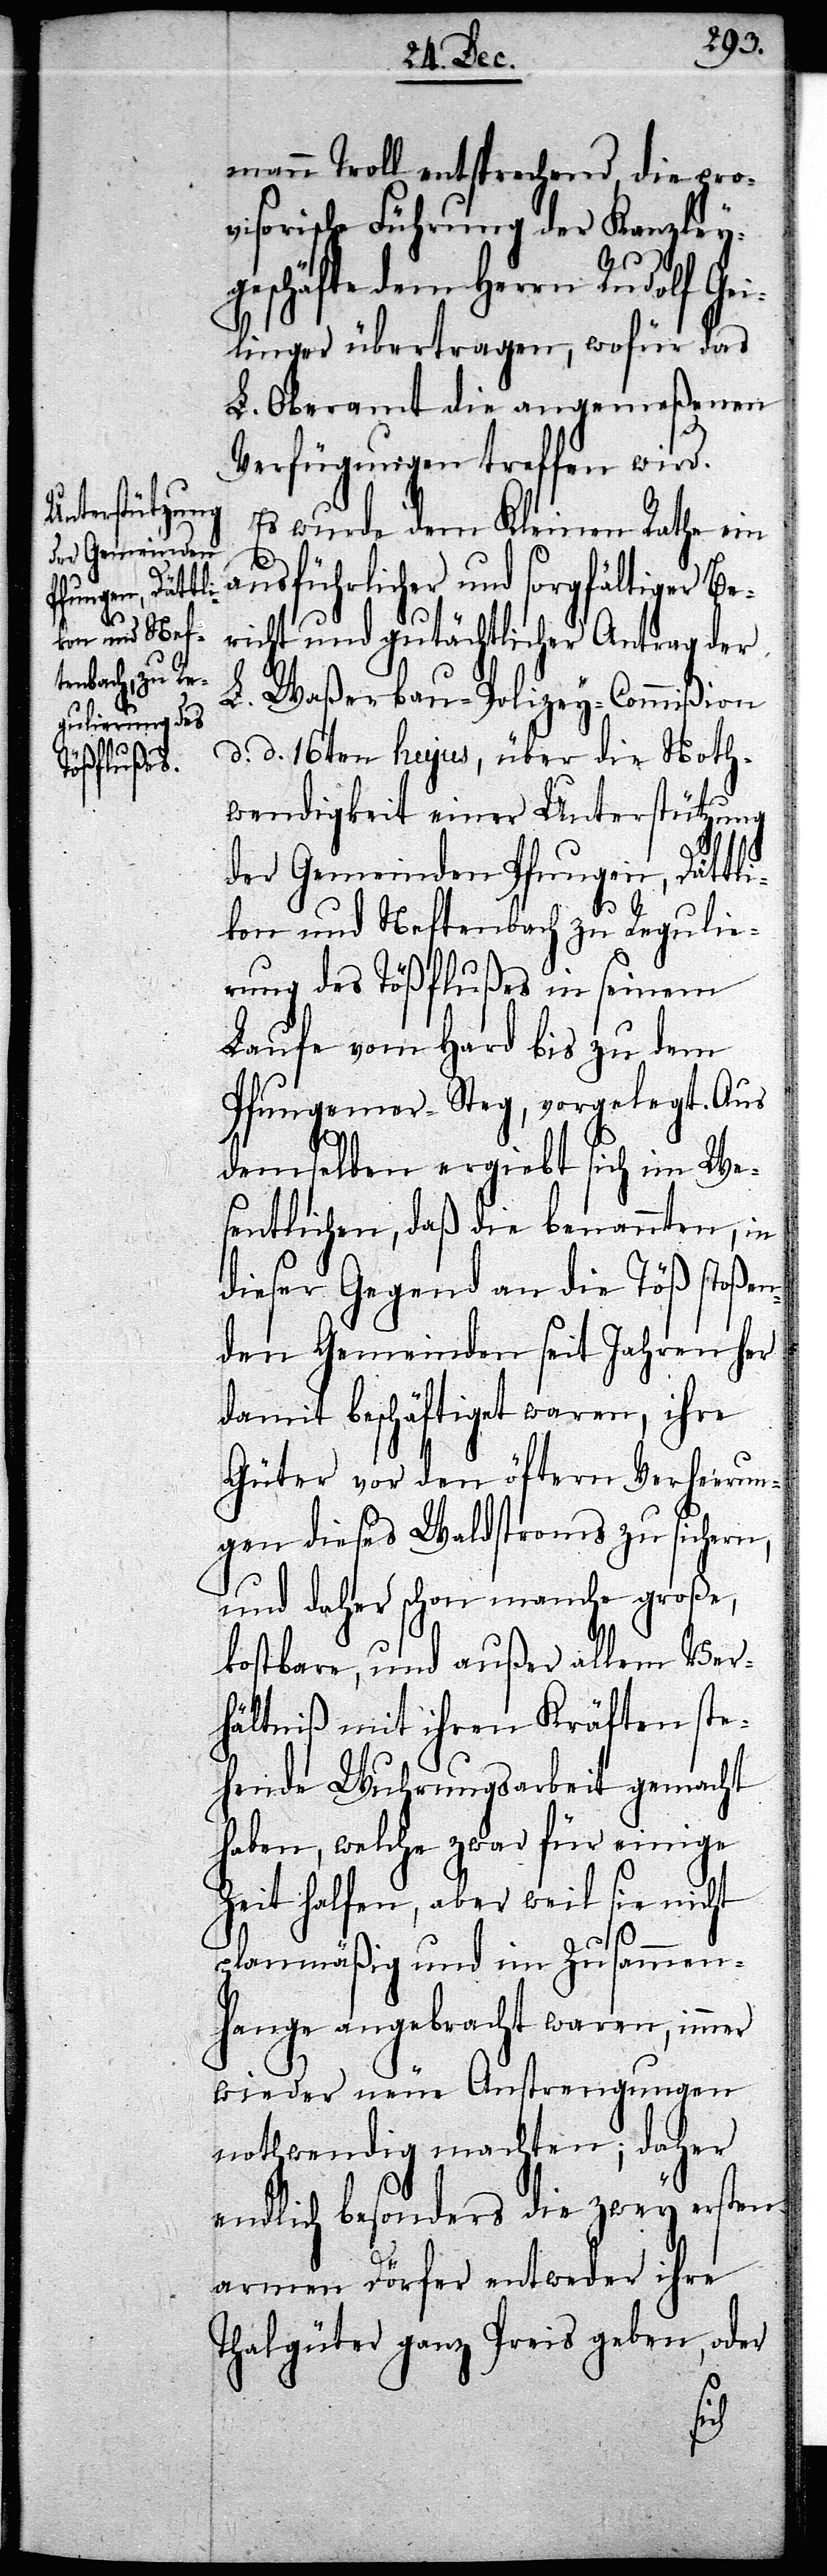
mann Troll entsprechend, die pro¬
visorische Führung der Kanzley¬
geschäfte dem Herrn Rudolf Gei¬
linger übertragen, wofür das
L. Oberamt die angemeßenen
Verfügungen treffen wird.
Es wurde dem Kleinen Rathe ein
ausführlicher und sorgfältiger Be¬
richt und gutächtlicher Antrag der
L. Waßerbau-Polizey-Commißion
d. d. 16ten hujus, über die Noth¬
wendigkeit einer Unterstützung
der Gemeinden Pfungen, Dättli¬
kon und Neftenbach zu Regulie¬
rung des Tößflußes in seinem
Laufe vom Hard bis zu dem
Pfungener-Steg, vorgelegt. Aus
demselben ergiebt sich im We¬
sentlichen, daß die benannten, in
dieser Gegend an die Töß stoßen¬
den Gemeinden seit Jahren her
damit beschäftiget waren, ihre
Güter vor den öftern Verheerun¬
gen dieses Waldstroms zu sichern,
und daher schon manche große,
kostbare, und außer allem Ver¬
hältniß mit ihren Kräften ste¬
hende Wuhrungsarbeit gemacht
haben, welche zwar für einige
Zeit halfen, aber weil sie nicht
planmäßig und im Zusammen¬
hange angebracht waren, immer
wieder neue Anstrengungen
nothwendig machten; daher
endlich besonders die zwey ersten
armen Dörfer entweder ihre
Thalgüter ganz Preis geben, oder